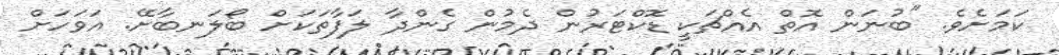
ކަމަށެވެ. "ބުނަން އޮތް އެއްޗަކީ ޑޮކްޓަރުން ދެމުން ގެންދާ ލަފާތަކަށް ބޯލަނބާށޭ. އަވަހަށް